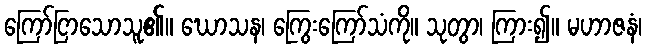
ကြော်ငြာသောသူ၏။ ဃောသန၊ ကြွေးကြော်သံကို။ သုတွာ၊ ကြား၍။ မဟာဇနံ၊